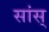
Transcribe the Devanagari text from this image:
सांस्